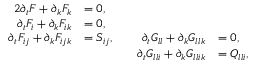
\begin{array} { r l r l } { { 2 } \partial _ { t } F + \partial _ { k } F _ { k } } & { = 0 , } & { \quad } & { \quad } \\ { \partial _ { t } F _ { i } + \partial _ { k } F _ { i k } } & { = 0 , } & { \quad } & { \quad } \\ { \partial _ { t } F _ { i j } + \partial _ { k } F _ { i j k } } & { = S _ { i j } , } & { \quad \partial _ { t } G _ { l l } + \partial _ { k } G _ { l l k } } & { = 0 , } \\ & { \quad } & { \quad \partial _ { t } G _ { l l i } + \partial _ { k } G _ { l l i k } } & { = Q _ { l l i } , } \end{array}